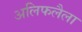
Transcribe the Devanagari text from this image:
अलिफलैला